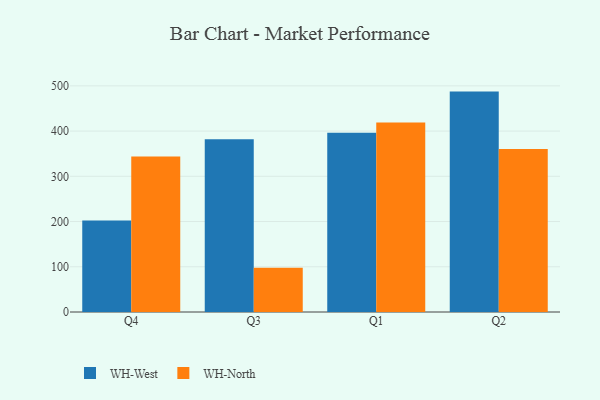
{"axis": {"x": "Quarter", "y": "Satisfaction Score"}, "legend": ["WH-North", "WH-West"], "data": [{"x": "Q4", "y": 202.5, "type": "WH-West"}, {"x": "Q4", "y": 343.6, "type": "WH-North"}, {"x": "Q3", "y": 382.0, "type": "WH-West"}, {"x": "Q3", "y": 97.6, "type": "WH-North"}, {"x": "Q1", "y": 396.1, "type": "WH-West"}, {"x": "Q1", "y": 418.9, "type": "WH-North"}, {"x": "Q2", "y": 487.3, "type": "WH-West"}, {"x": "Q2", "y": 360.5, "type": "WH-North"}]}